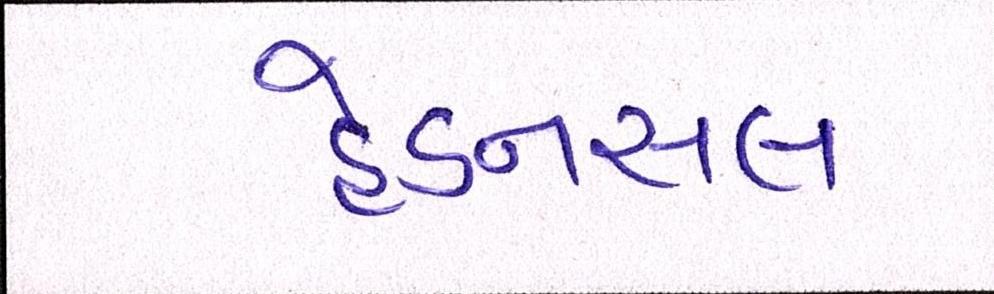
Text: હેડનસલ